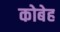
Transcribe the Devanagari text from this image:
कोबेह